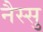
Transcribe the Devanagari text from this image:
नैस्सु